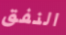
النفق